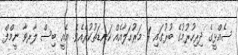
ސެއްޅީގެ ދިރިހުރުމުގެ ބުރުގައި 4 މަރުޙަލާއެއް ކަނޑަތުކުރެއެވެ. އެއީ ބިސް ލާރވާ ނީމްފް